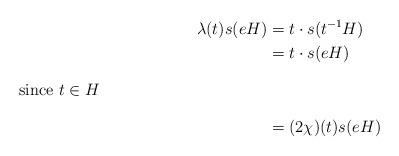
LaTeX: \begin{align*}\lambda(t)s(eH) &= t\cdot s(t^{-1}H) \\&= t\cdot s(eH) \\\intertext{since $t\in H$}&= (2\chi)(t) s(eH)\end{align*}